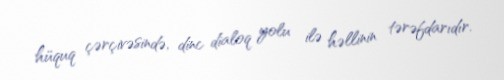
hüquq çərçivəsində, dinc dialoq yolu ilə həllinin tərəfdarıdır.